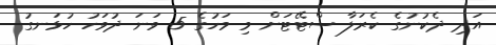
އަދި ދެކުނުގެ ކެރަލާ ސްޓޭޓަށް މި މަހުގެ 5 ވަނަ ދުވަހު ހުޅަނގު